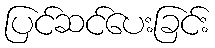
ပြင်ဆင်ပေးခြင်း